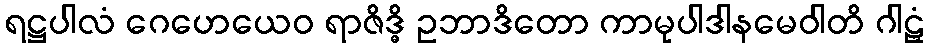
ရဋ္ဌပါလံ ဂေဟေယေဝ ရာဇိဒ္ဓိ ဥဘာဒိတော ကာမုပါဒါနမေဝါတိ ဂါဠှံ